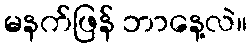
မနက်ဖြန် ဘာနေ့လဲ။